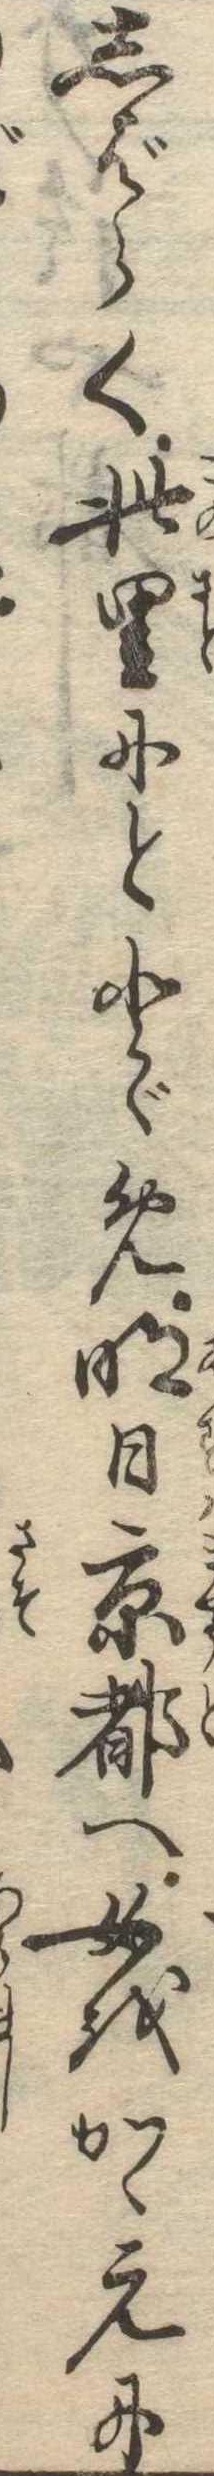
しばらく此里にととゞめ明日京都へ女をかゝえに